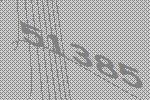
51385